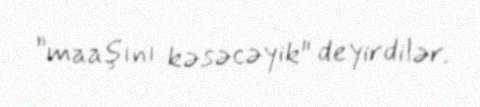
”maaşını kəsəcəyik" deyirdilər.